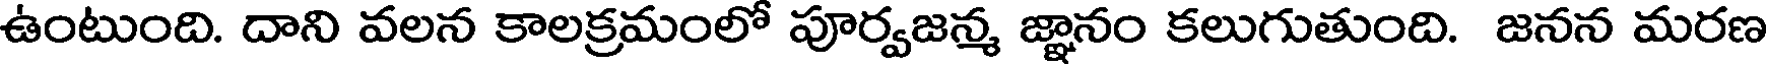
ఉంటుంది. దాని వలన కాలక్రమంలో పూర్వజన్మ జ్ఞానం కలుగుతుంది. జనన మరణ